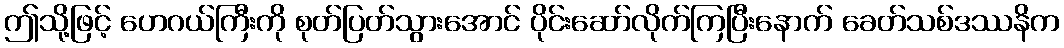
ဤသို့ဖြင့် ဟေဂယ်ကြီးကို စုတ်ပြတ်သွားအောင် ပိုင်းဆော်လိုက်ကြပြီးနောက် ခေတ်သစ်ဒဿနိက